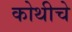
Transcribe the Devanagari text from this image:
कोथीचे